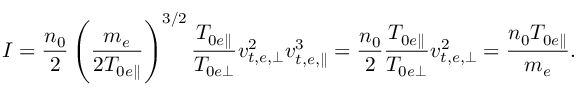
I = \frac { n _ { 0 } } { 2 } \left( \frac { m _ { e } } { 2 T _ { 0 e \parallel } } \right) ^ { 3 / 2 } \frac { T _ { 0 e \parallel } } { T _ { 0 e \perp } } v _ { t , e , \perp } ^ { 2 } v _ { t , e , \parallel } ^ { 3 } = \frac { n _ { 0 } } { 2 } \frac { T _ { 0 e \parallel } } { T _ { 0 e \perp } } v _ { t , e , \perp } ^ { 2 } = \frac { n _ { 0 } T _ { 0 e \parallel } } { m _ { e } } .